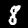
Label: 8